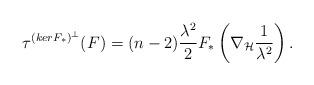
LaTeX: \begin{align*}\tau^{(kerF_\ast)^\bot}(F)= (n-2)\frac{\lambda^2}{2} F_\ast\left(\nabla_{\mathcal{H}}\frac{1}{\lambda^2} \right).\end{align*}